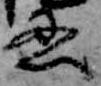
忍